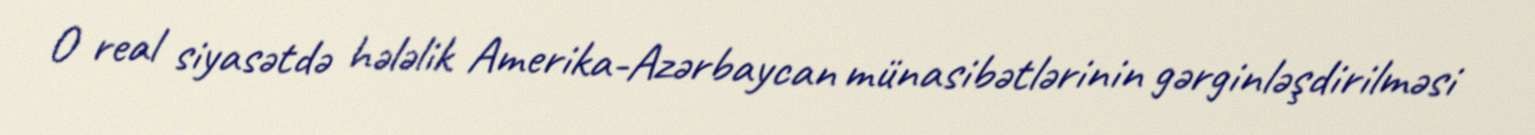
O real siyasətdə hələlik Amerika-Azərbaycan münasibətlərinin gərginləşdirilməsi